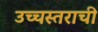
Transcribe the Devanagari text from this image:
उच्चस्तराची